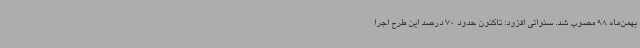
بهمن‌ماه 98 مصوب شد. سنواتی افزود: تاکنون حدود 70 درصد این طرح اجرا